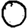
Digit: 0